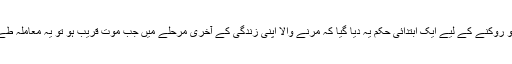
چنانچہ اس ظلم کو روکنے کے لیے ایک ابتدائی حکم یہ دیا گیا کہ مرنے والا اپنی زندگی کے آخری مرحلے میں جب موت قریب ہو تو یہ معاملہ طے کر کے جائے ۔